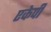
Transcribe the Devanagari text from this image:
एकेपी